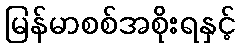
မြန်မာစစ်အစိုးရနှင့်